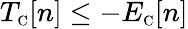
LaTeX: T_{\scriptscriptstyle\mathrm{C}}[n]\leq-E_{\scriptscriptstyle\mathrm{C}}[n]